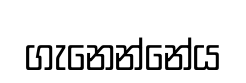
ගැනෙන්නේය